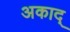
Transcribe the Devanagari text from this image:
अकाद्